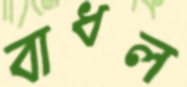
বাধল